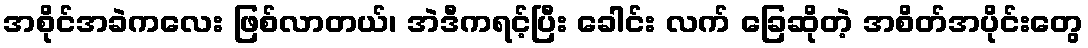
အစိုင်အခဲကလေး ဖြစ်လာတယ်၊ အဲဒီကရင့်ပြီး ခေါင်း လက် ခြေဆိုတဲ့ အစိတ်အပိုင်းတွေ